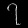
Digit: ၇